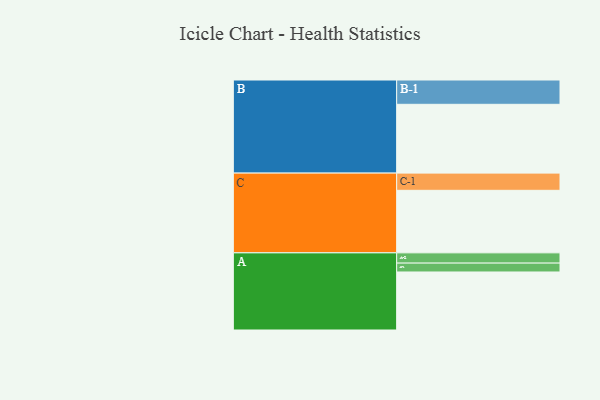
{"axis": {"x": "Segment", "y": "Value"}, "legend": ["", "A", "B", "C"], "data": [{"x": "A", "y": 425, "type": ""}, {"x": "B", "y": 504, "type": ""}, {"x": "C", "y": 458, "type": ""}, {"x": "A-1", "y": 65, "type": "A"}, {"x": "A-2", "y": 75, "type": "A"}, {"x": "B-1", "y": 178, "type": "B"}, {"x": "C-1", "y": 126, "type": "C"}]}